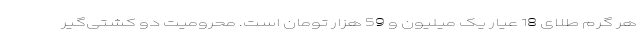
هر گرم طلای 18 عیار یک میلیون و 59 هزار تومان است. محرومیت دو کشتی‌گیر